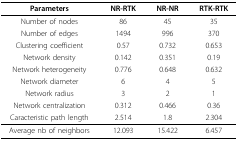
| Parameters | NR-RTK | NR-NR | RTK-RTK |
 | --- | --- | --- | --- |
 | Number of nodes | 86 | 45 | 35 |
 | Number of edges | 1494 | 996 | 370 |
 | Clustering coefficient | 0.57 | 0.732 | 0.653 |
 | Network density | 0.142 | 0.351 | 0.19 |
 | Network heterogeneity | 0.776 | 0.648 | 0.632 |
 | Network diameter | 6 | 4 | 5 |
 | Network radius | 3 | 2 | 1 |
 | Network centralization | 0.312 | 0.466 | 0.36 |
 | Caracteristic path length | 2.514 | 1.8 | 2.304 |
 | Average nb of neighbors | 12.093 | 15.422 | 6.457 |